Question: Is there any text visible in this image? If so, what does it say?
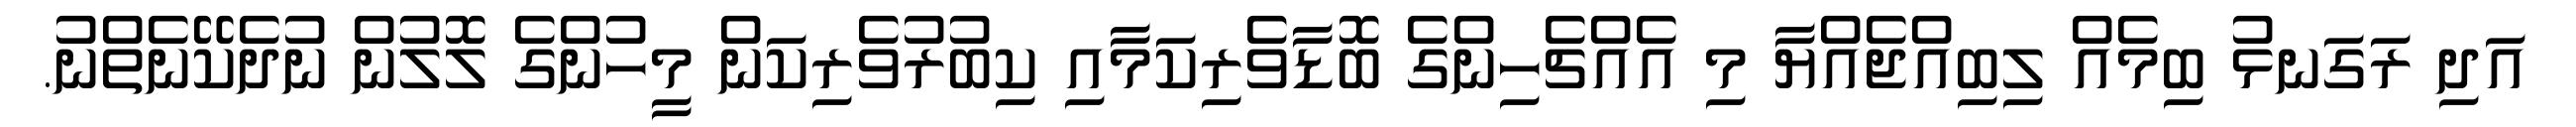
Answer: އަދި ރަގަނޅު ބިމެއް ލިބިއްޖެއްޔާ މި އެއްޗެހިންގެ ބޮޑާވެރިކަމާއި ކިބުރުވެރިކަން މީހުންގެ ލޮލުން ނުދެކޭނެތްނު.